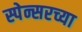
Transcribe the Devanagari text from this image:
स्पेन्सरच्या